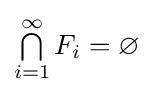
\textstyle \bigcap \limits _{i=1}^{\infty }F_{i}=\varnothing